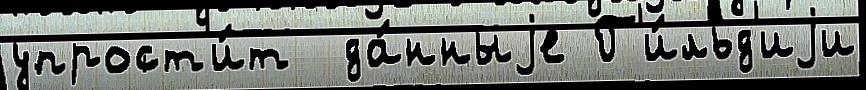
упрост'и́т  да́нныjе Г'и́льд'иjи